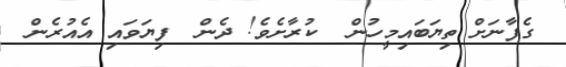
ގެފާނަށް ތިޔަބައިމީހުން  ކުރާށެވެ! ދެން  ފިޔަވައި އެއުރެން